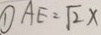
\textcircled { 1 } A E = \sqrt { 2 } x